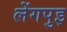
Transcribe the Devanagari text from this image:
लेंगपुइ